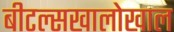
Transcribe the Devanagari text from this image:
बीटल्सखालोखाल